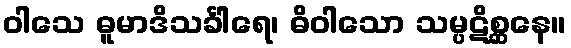
ဝါသေ ဓူမာဒိသင်္ခါရေ၊ ဓိဝါသော သမ္ပဋိစ္ဆနေ။